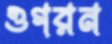
ওগরন